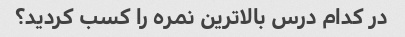
در کدام درس بالاترین نمره را کسب کردید؟